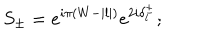
LaTeX: S _ { \pm } = e ^ { i \pi ( W - | l | ) } e ^ { 2 i \delta _ { l } ^ { \pm } } ;